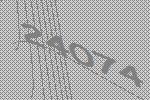
24074